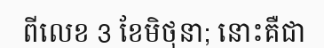
ពីលេខ 3 ខែមិថុនា; នោះគឺជា